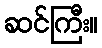
ဆင်ကြီး။